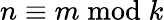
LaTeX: n\equiv m{\bmod{k}}